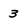
Character: 3